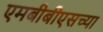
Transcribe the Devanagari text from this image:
एमबीबीएसच्या